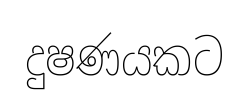
දුෂණයකට